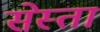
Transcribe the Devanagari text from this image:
सेस्ता